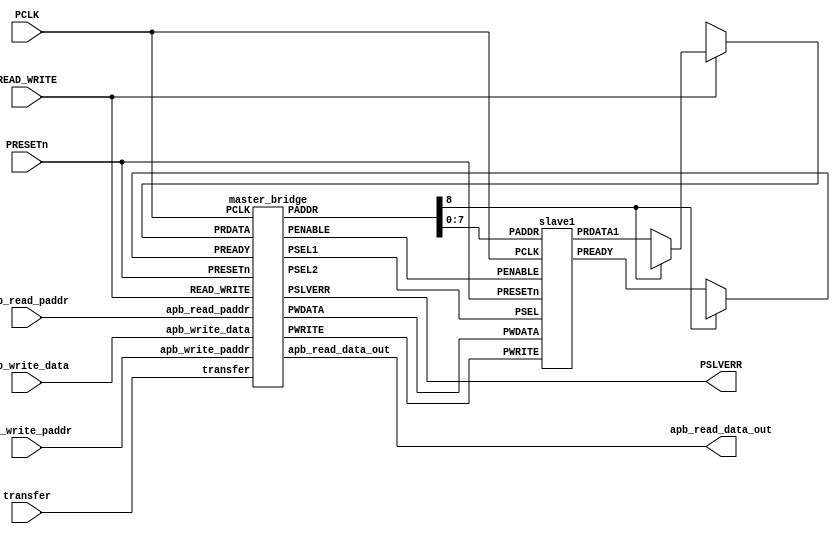
`timescale 1ns/1ns



module APB_Protocol(
                 input PCLK,PRESETn,transfer,READ_WRITE,
                 input [8:0] apb_write_paddr,
		 input [7:0]apb_write_data,
		 input [8:0] apb_read_paddr,
		 output PSLVERR, 
                 output [7:0] apb_read_data_out
          );

       wire [7:0]PWDATA,PRDATA,PRDATA1,PRDATA2;
       wire [8:0]PADDR;

       wire PREADY,PREADY1,PREADY2,PENABLE,PSEL1,PSEL2,PWRITE;
    
    assign PREADY = PADDR[8] ? PREADY2 : PREADY1 ;
        assign PRDATA = READ_WRITE ? (PADDR[8] ? PRDATA2 : PRDATA1) : 8'dx ;

       master_bridge dut_mas(
	             apb_write_paddr,
		     apb_read_paddr,
		     apb_write_data,
		     PRDATA,         
	             PRESETn,
		     PCLK,
		     READ_WRITE,
		     transfer,
		     PREADY,
	             PSEL1,
		     PSEL2,
		     PENABLE,
	             PADDR,
	             PWRITE,
	             PWDATA,
		     apb_read_data_out,
		     PSLVERR
	               ); 


      slave1 dut1(  PCLK,PRESETn, PSEL1,PENABLE,PWRITE, PADDR[7:0],PWDATA, PRDATA1, PREADY1 );

   
endmodule

module master_bridge(
	input [8:0]apb_write_paddr,apb_read_paddr,
	input [7:0] apb_write_data,PRDATA,         
	input PRESETn,PCLK,READ_WRITE,transfer,PREADY,
	output PSEL1,PSEL2,
	output reg PENABLE,
	output reg [8:0]PADDR,
	output reg PWRITE,
	output reg [7:0]PWDATA,apb_read_data_out,
	output PSLVERR ); 
   
  reg [2:0] state, next_state;

  reg invalid_setup_error,
      setup_error,
      invalid_read_paddr,
      invalid_write_paddr,
      invalid_write_data ;
  
  localparam IDLE = 3'b001, SETUP = 3'b010, ENABLE = 3'b100 ;


  always @(posedge PCLK)
  begin
	if(!PRESETn)
		state <= IDLE;
	else
		state <= next_state; 
  end

  always @(state,transfer,PREADY)

  begin
	if(!PRESETn)
	  next_state = IDLE;
	else
          begin
             PWRITE = ~READ_WRITE;
	     case(state)
                  
		     IDLE: begin 
		              PENABLE =0;

		            if(!transfer)
	        	      next_state = IDLE ;
	                    else
			      next_state = SETUP;
	                   end

	       	SETUP:   begin
			    PENABLE =0;

			    if(READ_WRITE) 
	                       begin   PADDR = apb_read_paddr; end
			    else 
			      begin   
                                  PADDR = apb_write_paddr;
				  PWDATA = apb_write_data;  end
			    
			    if(transfer && !PSLVERR)
			      next_state = ENABLE;
		            else
           	              next_state = IDLE;
		           end

	       	ENABLE: 
		     begin if(PSEL1 || PSEL2)
		           PENABLE =1;
			   if(transfer & !PSLVERR)
			   begin
				   if(PREADY)
				   begin
					if(!READ_WRITE)
				         begin
				          
					   next_state = SETUP; end
					else 
					   begin
					   next_state = SETUP; 
				          	   
                apb_read_data_out = PRDATA; 
					   end
			            end
				    else next_state = ENABLE;
		              end
		             else next_state = IDLE;
			 end
           
           default: next_state = IDLE; 
               	endcase
             end
          end
  
  assign {PSEL1,PSEL2} = ((state != IDLE) ? (PADDR[8] ? {1'b0,1'b1} : {1'b1,1'b0}) : 2'd0);

  // PSLVERR LOGIC
  
  always @(*)
       begin
        if(!PRESETn)
	    begin 
	     setup_error =0;
	     invalid_read_paddr = 0;
	     invalid_write_paddr = 0;
	     invalid_write_paddr =0 ;
	    end
        else
	 begin	
          begin
	  if(state == IDLE && next_state == ENABLE)
   		  setup_error = 1;
	  else setup_error = 0;
          end
          begin
          if((apb_write_data===8'dx) && (!READ_WRITE) && (state==SETUP || state==ENABLE))
		  invalid_write_data =1;
	  else invalid_write_data = 0;
          end
          begin
	  if((apb_read_paddr===9'dx) && READ_WRITE && (state==SETUP || state==ENABLE))
		  invalid_read_paddr = 1;
	  else  invalid_read_paddr = 0;
          end
          begin
          if((apb_write_paddr===9'dx) && (!READ_WRITE) && (state==SETUP || state==ENABLE))
		  invalid_write_paddr =1;
          else invalid_write_paddr =0;
          end
          begin
	  if(state == SETUP)
            begin
                 if(PWRITE)
                      begin
                         if(PADDR==apb_write_paddr && PWDATA==apb_write_data)
                              setup_error=1'b0;
                         else
                               setup_error=1'b1;
                       end
                 else 
                       begin
                          if (PADDR==apb_read_paddr)
                                 setup_error=1'b0;
                          else
                                 setup_error=1'b1;
                       end    
              end 
          
         else setup_error=1'b0;
         end 
       end
       invalid_setup_error = setup_error ||  invalid_read_paddr || invalid_write_data || invalid_write_paddr  ;
     end 

   assign PSLVERR =  invalid_setup_error ;

	 

 endmodule

module slave1(
         input PCLK,PRESETn,
         input PSEL,PENABLE,PWRITE,
         input [7:0]PADDR,PWDATA,
        output [7:0]PRDATA1,
        output reg PREADY );
    
     reg [7:0]reg_addr;
     reg [7:0] mem [0:63];

    assign PRDATA1 =  mem[reg_addr];

    always @(*)
       begin
         if(!PRESETn)
              PREADY = 0;
          else
	  if(PSEL && !PENABLE && !PWRITE)
	     begin PREADY = 0; end
	         
	  else if(PSEL && PENABLE && !PWRITE)
	     begin  PREADY = 1;
                    reg_addr =  PADDR; 
	       end
          else if(PSEL && !PENABLE && PWRITE)
	     begin  PREADY = 0; end

	  else if(PSEL && PENABLE && PWRITE)
	     begin  PREADY = 1;
	            mem[PADDR] = PWDATA; end

           else PREADY = 0;
        end
    endmodule